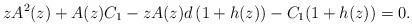
LaTeX: \begin{align*}zA^2(z)+A(z)C_1-zA(z)d\,(1+h(z))-C_1(1+h(z))=0.\end{align*}